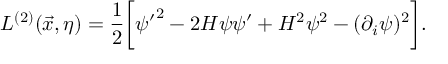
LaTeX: { \cal L } ^ { ( 2 ) } ( \vec { x } , \eta ) = \frac { 1 } { 2 } \biggl [ { \psi ^ { \prime } } ^ { 2 } - 2 { \cal H } \psi \psi ^ { \prime } + { \cal H } ^ { 2 } \psi ^ { 2 } - ( \partial _ { i } \psi ) ^ { 2 } \biggr ] .